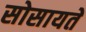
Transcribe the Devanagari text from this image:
सोसायते